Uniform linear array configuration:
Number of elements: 8
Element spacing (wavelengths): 0.25
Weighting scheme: uniform
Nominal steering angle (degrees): -60
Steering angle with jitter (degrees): -59.207
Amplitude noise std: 0.05
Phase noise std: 0.05

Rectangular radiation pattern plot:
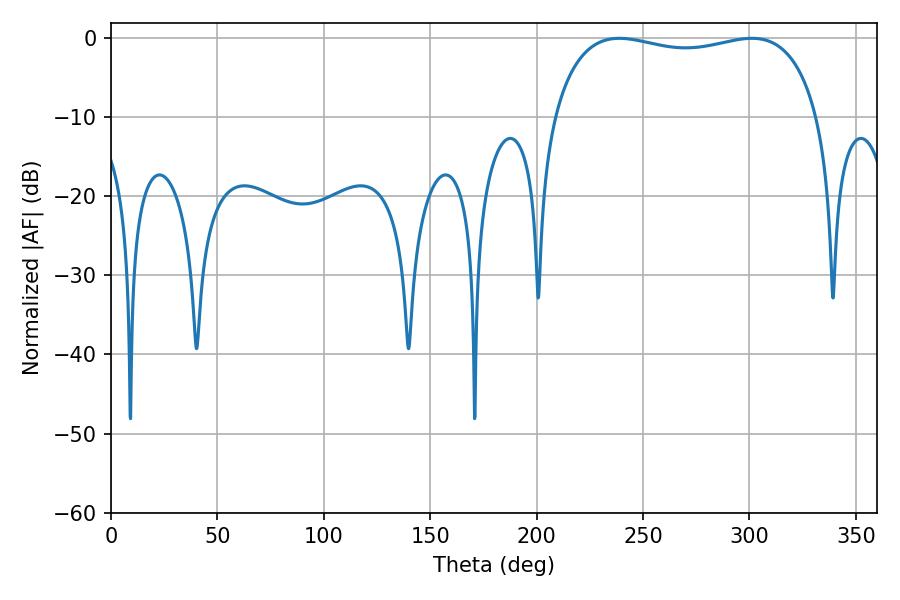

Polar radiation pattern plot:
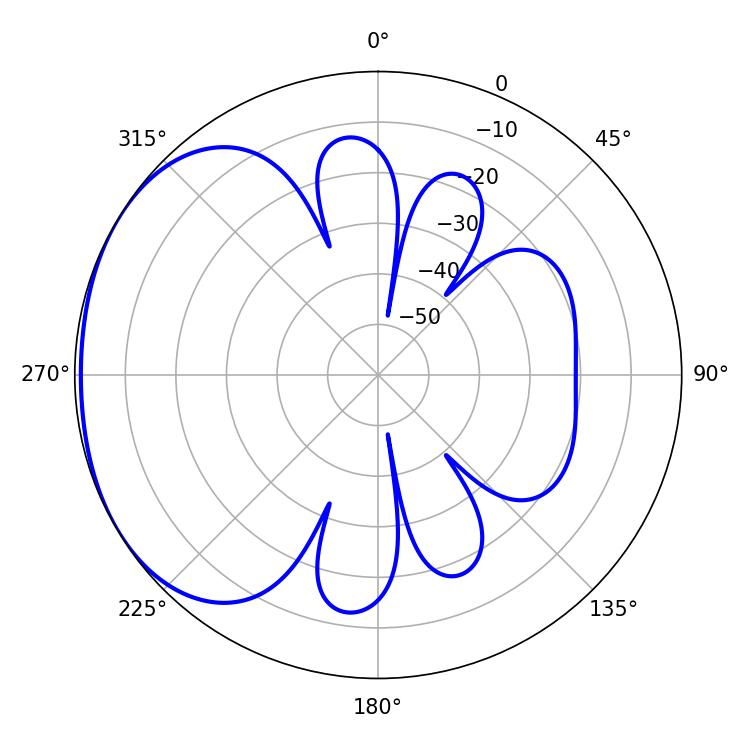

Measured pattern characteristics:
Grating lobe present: FALSE
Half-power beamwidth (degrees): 101.52
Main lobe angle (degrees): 301.14